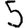
Digit: 5